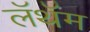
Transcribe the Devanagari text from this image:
लॅथॅम